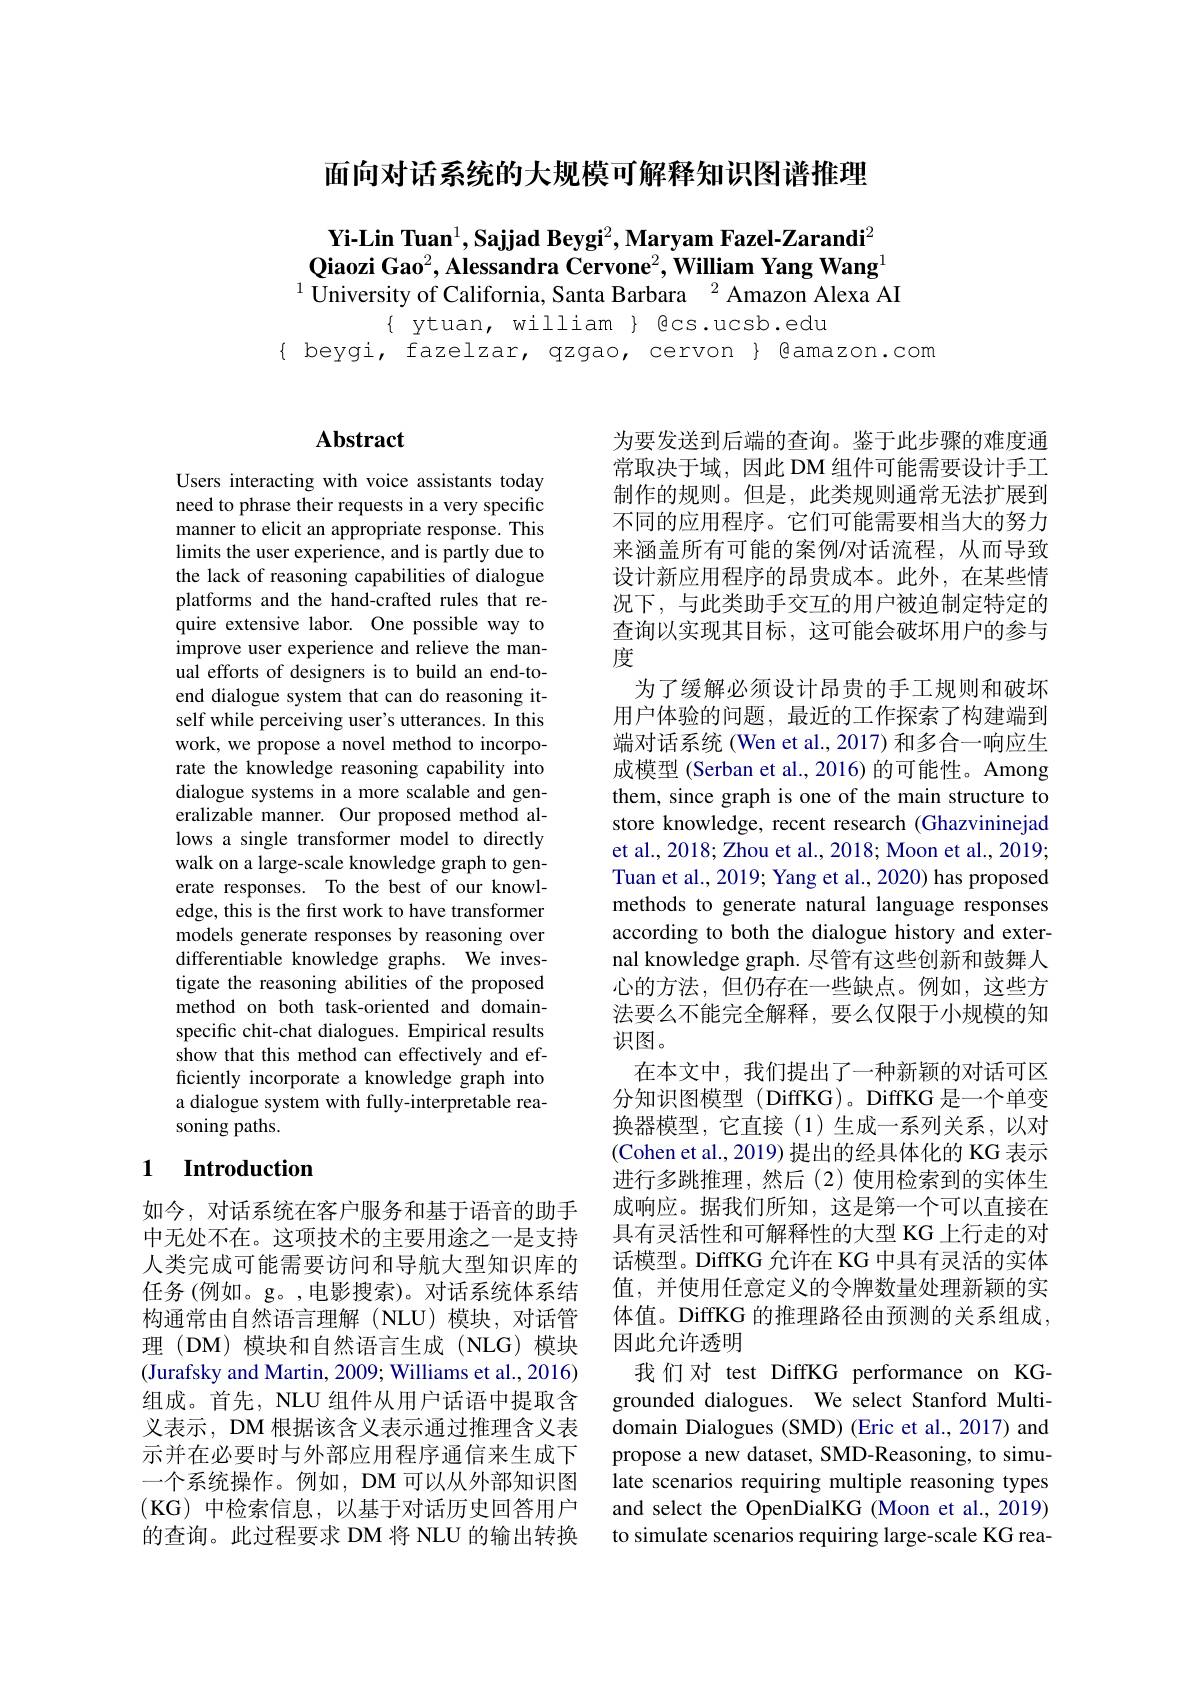
面向对话系统的大规模可解释知识图谱推理

$\textbf{Yi-Lin Tuan}^1,\textbf{Sajjad Beygi}^2,\textbf{Maryam Fazel-Zarandi}^2$ $\textbf{Qiaozi Gao}^2,\textbf{Alessandra Cervone}^2,\textbf{William Yang Wang}^1$ $^{1}$ University of California, Santa Barbara $^{2}$ Amazon Alexa AI

$\{\begin{array}{c}\{&\mathrm{ytuan,william}\}&\mathrm{@cs.ucsb.edu}\\\text{beygi,fazelzar,qzgao,cervon}&\mathrm{@amazon.com}\end{array}$

### $\mathbf{Abstract}$

Users interacting with voice assistants today need to phrase their requests in a very specific manner to elicit an appropriate response. This limits the user experience, and is partly due to the lack of reasoning capabilities of dialogue platforms and the hand-crafted rules that require extensive labor. One possible way to improve user experience and relieve the manual efforts of designers is to build an end-toend dialogue system that can do reasoning itself while perceiving user's utterances. In this work, we propose a novel method to incorporate the knowledge reasoning capability into dialogue systems in a more scalable and generalizable manner. Our proposed method allows a single transformer model to directly walk on a large-scale knowledge graph to generate responses. To the best of our knowledge, this is the first work to have transformer models generate responses by reasoning over differentiable knowledge graphs. We investigate the reasoning abilities of the proposed method on both task-oriented and domainspecific chit-chat dialogues. Empirical results show that this method can effectively and efficiently incorporate a knowledge graph into a dialogue system with fully-interpretable reasoning paths.

## 1 $\textbf{Introduction}$

如今，对话系统在客户服务和基于语音的助手中无处不在。这项技术的主要用途之一是支持人类完成可能需要访问和导航大型知识库的任务 (例如。g。,电影搜索)。对话系统体系结构通常由自然语言理解(NLU)模块，对话管理 (DM) 模块和自然语言生成 (NLG) 模块(Jurafsky and Martin, 2009; Williams et al., 2016) 组成。首先，NLU 组件从用户话语中提取含义表示，DM 根据该含义表示通过推理含义表示并在必要时与外部应用程序通信来生成下一个系统操作。例如，DM 可以从外部知识图(KG)中检索信息，以基于对话历史回答用户的查询。此过程要求 DM 将 NLU 的输出转换

为要发送到后端的查询。鉴于此步骤的难度通常取决于域，因此 DM 组件可能需要设计手工制作的规则。但是，此类规则通常无法扩展到不同的应用程序。它们可能需要相当大的努力来涵盖所有可能的案例$\prime$对话流程，从而导致设计新应用程序的昂贵成本。此外，在某些情况下，与此类助手交互的用户被迫制定特定的查询以实现其目标，这可能会破坏用户的参与度
为了缓解必须设计昂贵的手工规则和破坏用户体验的问题，最近的工作探索了构建端到端对话系统(Wen et al., 2017) 和多合一响应生成模型 (Serban et al., 2016) 的可能性。Among them, since graph is one of the main structure to store knowledge, recent research (Ghazvininejad et al., 2018; Zhou et al., 2018; Moon et al., 2019; Tuan et al., 2019; Yang et al., 2020) has proposed methods to generate natural language responses according to both the dialogue history and external knowledge graph. 尽管有这些创新和鼓舞人心的方法，但仍存在一些缺点。例如，这些方法要么不能完全解释，要么仅限于小规模的知识图。
在本文中，我们提出了一种新颖的对话可区分知识图模型 (DiffKG)。DiffKG 是一个单变换器模型，它直接(1)生成一系列关系，以对(Cohen et al., 2019) 提出的经具体化的 KG 表示进行多跳推理，然后(2)使用检索到的实体生成响应。据我们所知，这是第一个可以直接在具有灵活性和可解释性的大型 KG 上行走的对话模型。DiffKG 允许在 KG 中具有灵活的实体值，并使用任意定义的令牌数量处理新颖的实体值。DiffKG 的推理路径由预测的关系组成， 因此允许透明
我们对 test DiffKG performance on KGgrounded dialogues. We select Stanford Multidomain Dialogues (SMD) (Eric et al., 2017) and propose a new dataset, SMD-Reasoning, to simulate scenarios requiring multiple reasoning types and select the OpenDialKG (Moon et al., 2019) to simulate scenarios requiring large-scale KG rea-